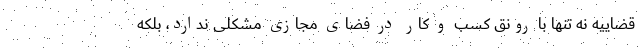
قضاییه نه تنها با رونق کسب و کار در فضای مجازی مشکلی ندارد، بلکه